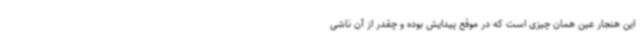
این هنجار عین همان چیزی است که در موقع پیدایش بوده و چقدر از آن ناشی